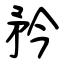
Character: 矜